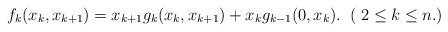
LaTeX: \begin{align*}f_k(x_k,x_{k+1})=x_{k+1}g_k(x_k,x_{k+1})+x_kg_{k-1}(0,x_k). \;\;( \;2 \leq k \leq n.)\end{align*}